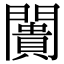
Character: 闠